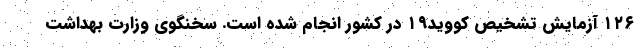
۱۲۶ آزمایش تشخیص کووید۱۹ در کشور انجام شده است. سخنگوی وزارت بهداشت